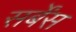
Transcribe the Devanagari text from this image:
सर्बेंस